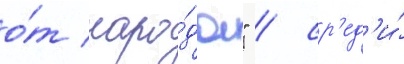
о́т наро́да" / ср'ед'и́